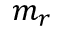
m _ { r }